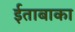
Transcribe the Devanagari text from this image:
ईताबाका